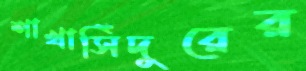
শাখাসিঁদুরের